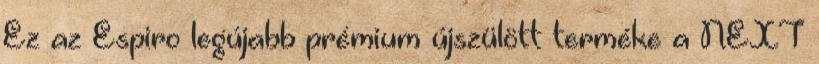
Ez az Espiro legújabb prémium újszülött terméke a NEXT